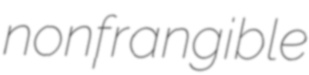
nonfrangible